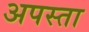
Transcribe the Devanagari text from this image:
अपस्ता